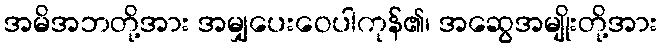
အမိအဘတို့အား အမျှပေးဝေပါကုန်၏၊ အဆွေအမျိုးတို့အား